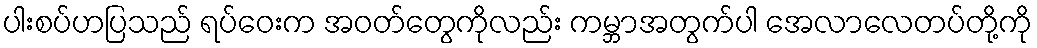
ပါးစပ်ဟပြသည် ရပ်ဝေးက အဝတ်တွေကိုလည်း ကမ္ဘာအတွက်ပါ အေလာလေတပ်တို့ကို